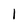
Character: l